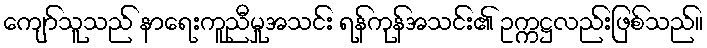
ကျော်သူသည် နာရေးကူညီမှုအသင်း ရန်ကုန်အသင်း၏ ဥက္ကဋ္ဌလည်းဖြစ်သည်။